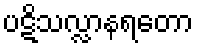
ပဋိသလ္လာနရတော